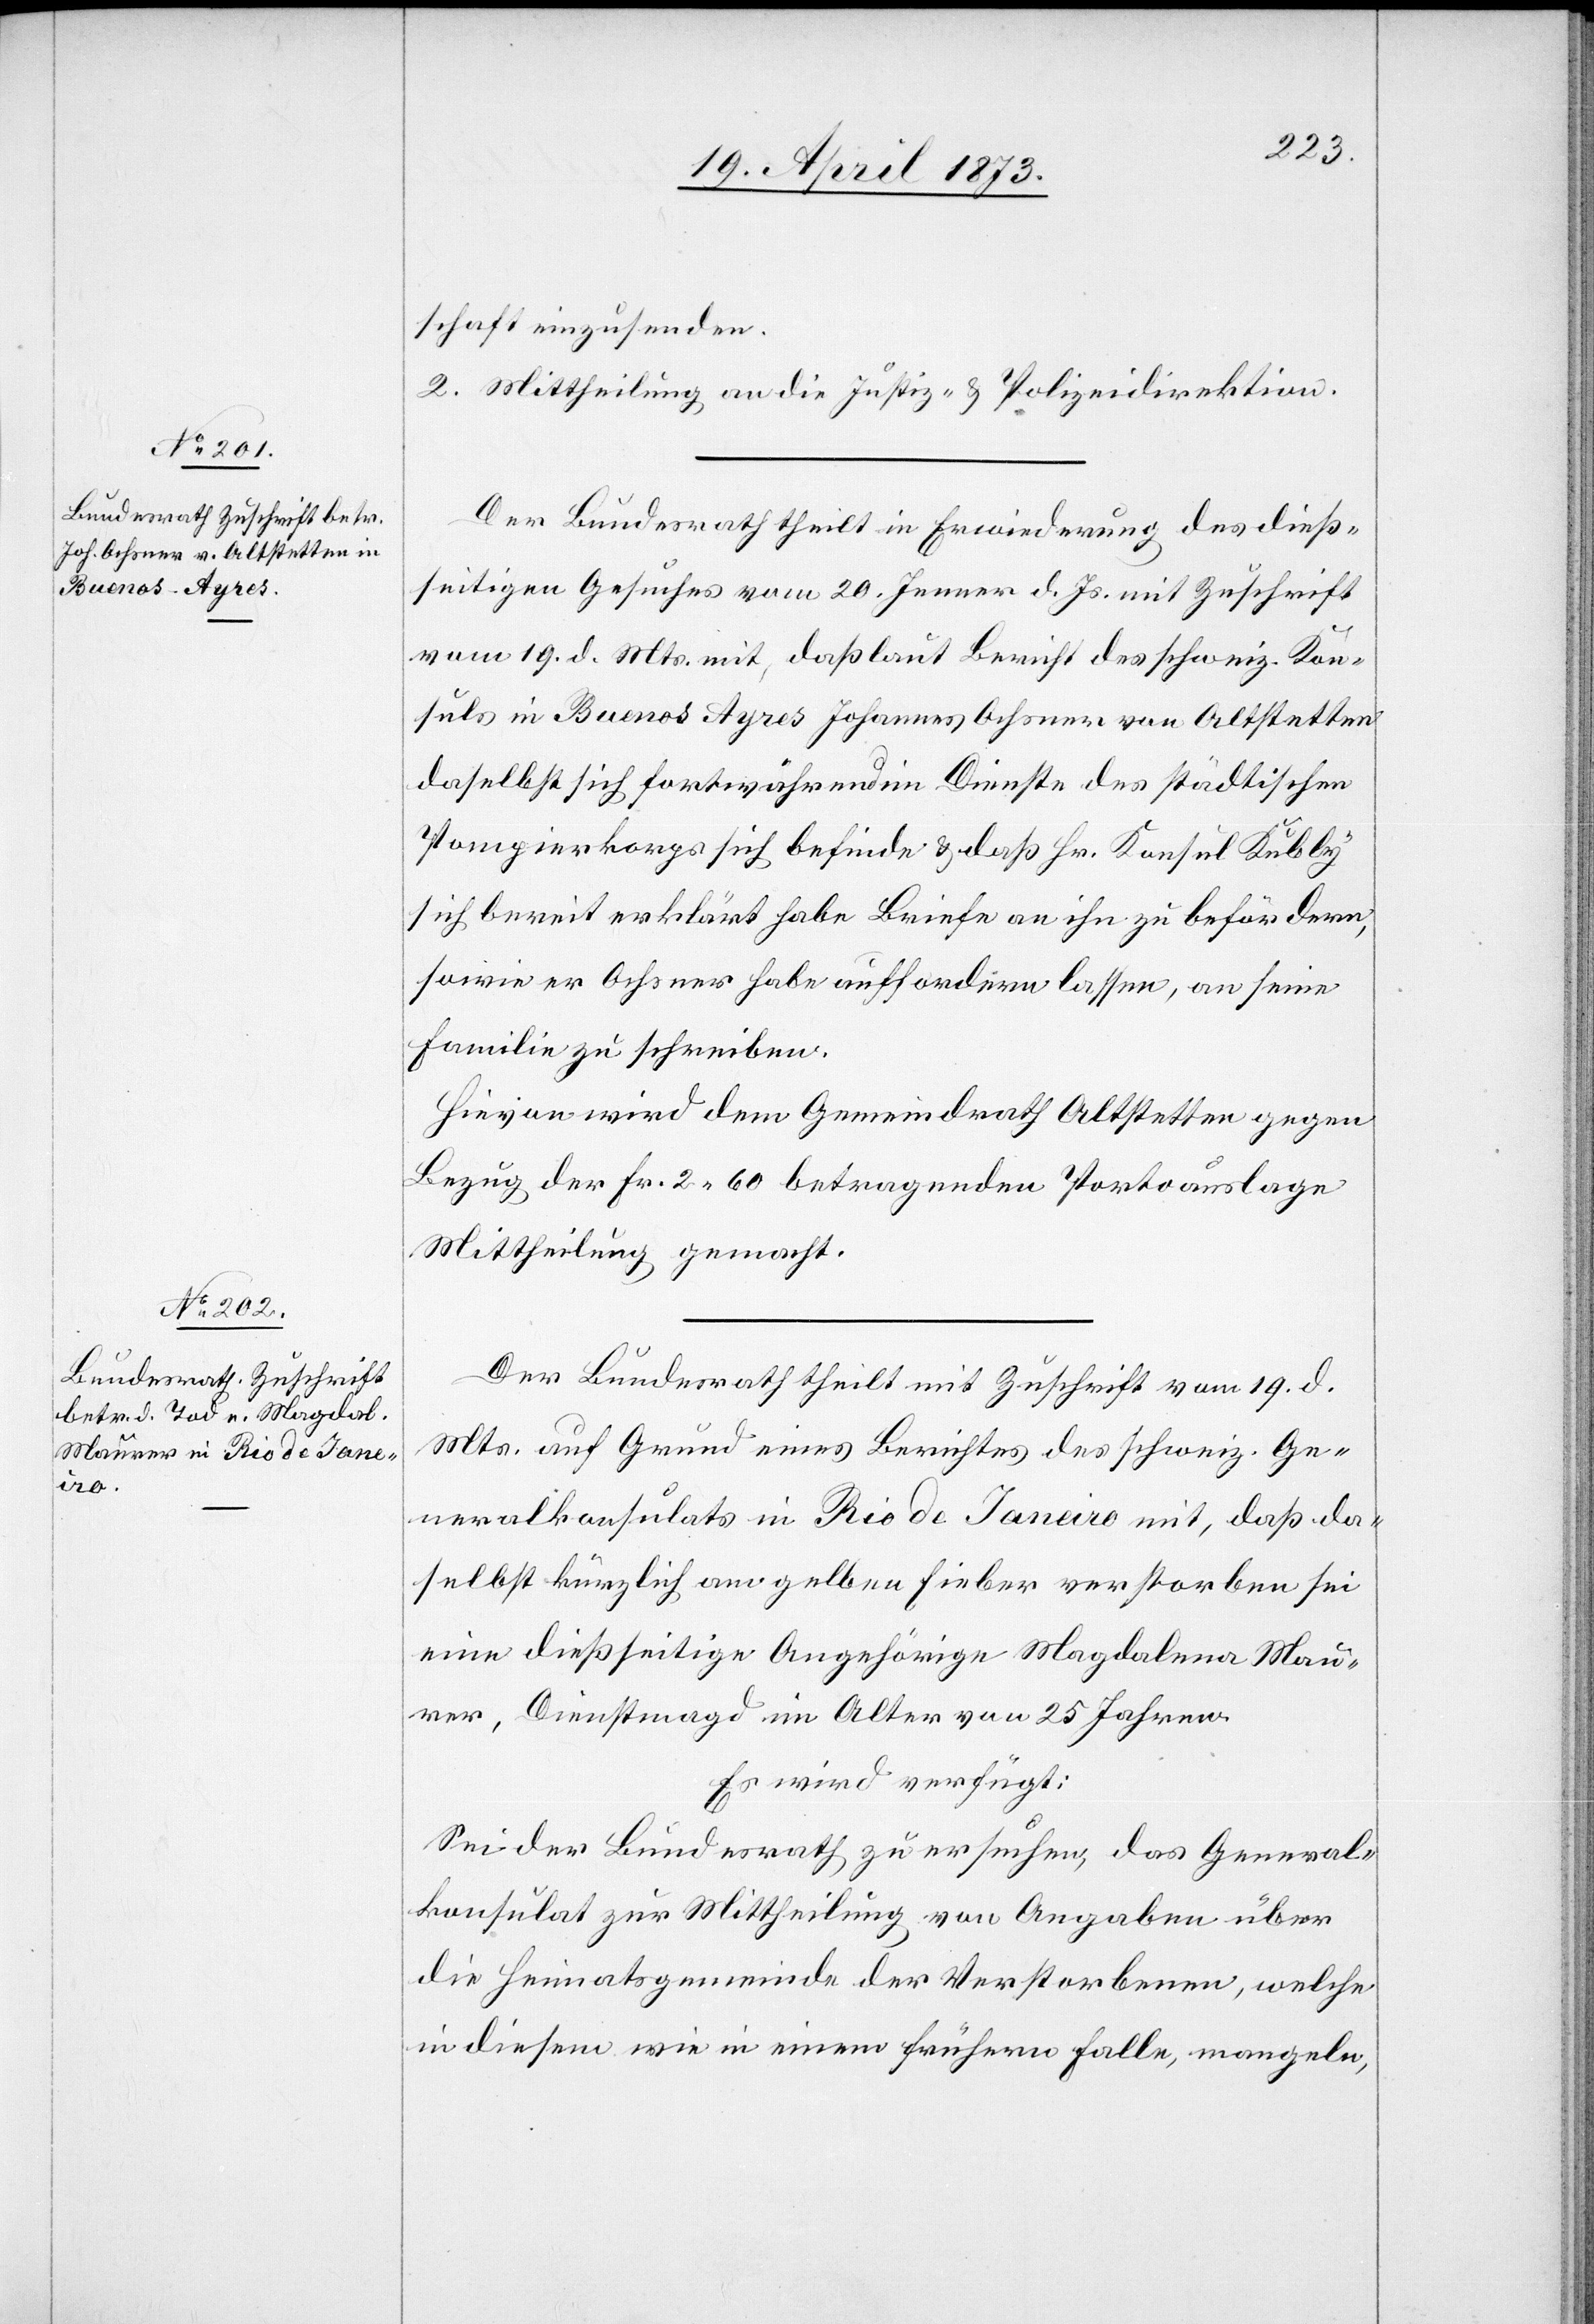
22. April 1873]
schaft einzusenden.
2. Mittheilung an die Justiz- & Polizeidirektion.
Der Bundesrath theilt in Erwiederung des dieß¬
seitigen Gesuches vom 20. Jenner d. Js. mit Zuschrift
vom 19. d. Mts. mit, daß laut Bericht des schweiz. Kon¬
suls in Buenos Ayres Johannes Ochsner von Altstetten
daselbst sich fortwährend im Dienste des städtischen
Pompierkorps sich befinde & daß Hr. Konsul Kubly
sich bereit erklärt habe Briefe an ihn zu befördern,
sowie er Ochsner habe auffordern lassen, an seine
Familie zu schreiben.
Hievon wird dem Gemeindrath Altstetten gegen
Bezug der Fr. 2 60 betragenden Portoauslage
Mittheilung gemacht.
Der Bundesrath theilt mit Zuschrift vom 19. d.
Mts. auf Grund eines Berichtes des schweiz. Ge¬
neralkonsulats in Rio de Janeiro mit, daß da¬
selbst kürzlich am gelben Fieber verstorben sei
eine dießseitige Angehörige Magdalena Mau¬
rer, Dienstmagd im Alter von 25 Jahren.
Es wird verfügt:
Sei der Bundesrath zu ersuchen, das General¬
konsulat zur Mittheilung von Angaben über
die Heimatsgemeinde der Verstorbenen, welche
in diesem wie in einem frühern Falle, mangeln,